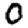
Digit: 0